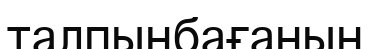
талпынбағанын